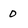
Character: 0